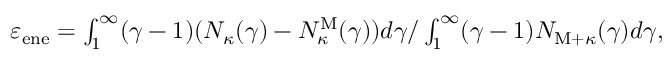
\begin{array} { r } { \varepsilon _ { \mathrm { e n e } } = \int _ { 1 } ^ { \infty } ( \gamma - 1 ) ( N _ { \kappa } ( \gamma ) - N _ { \kappa } ^ { \mathrm { M } } ( \gamma ) ) d \gamma / \int _ { 1 } ^ { \infty } ( \gamma - 1 ) N _ { \mathrm { M } + \kappa } ( \gamma ) d \gamma , } \end{array}